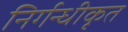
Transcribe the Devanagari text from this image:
निर्गन्धीकृत